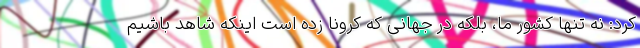
کرد: نه تنها کشور ما، بلکه در جهانی که کرونا زده است اینکه شاهد باشیم